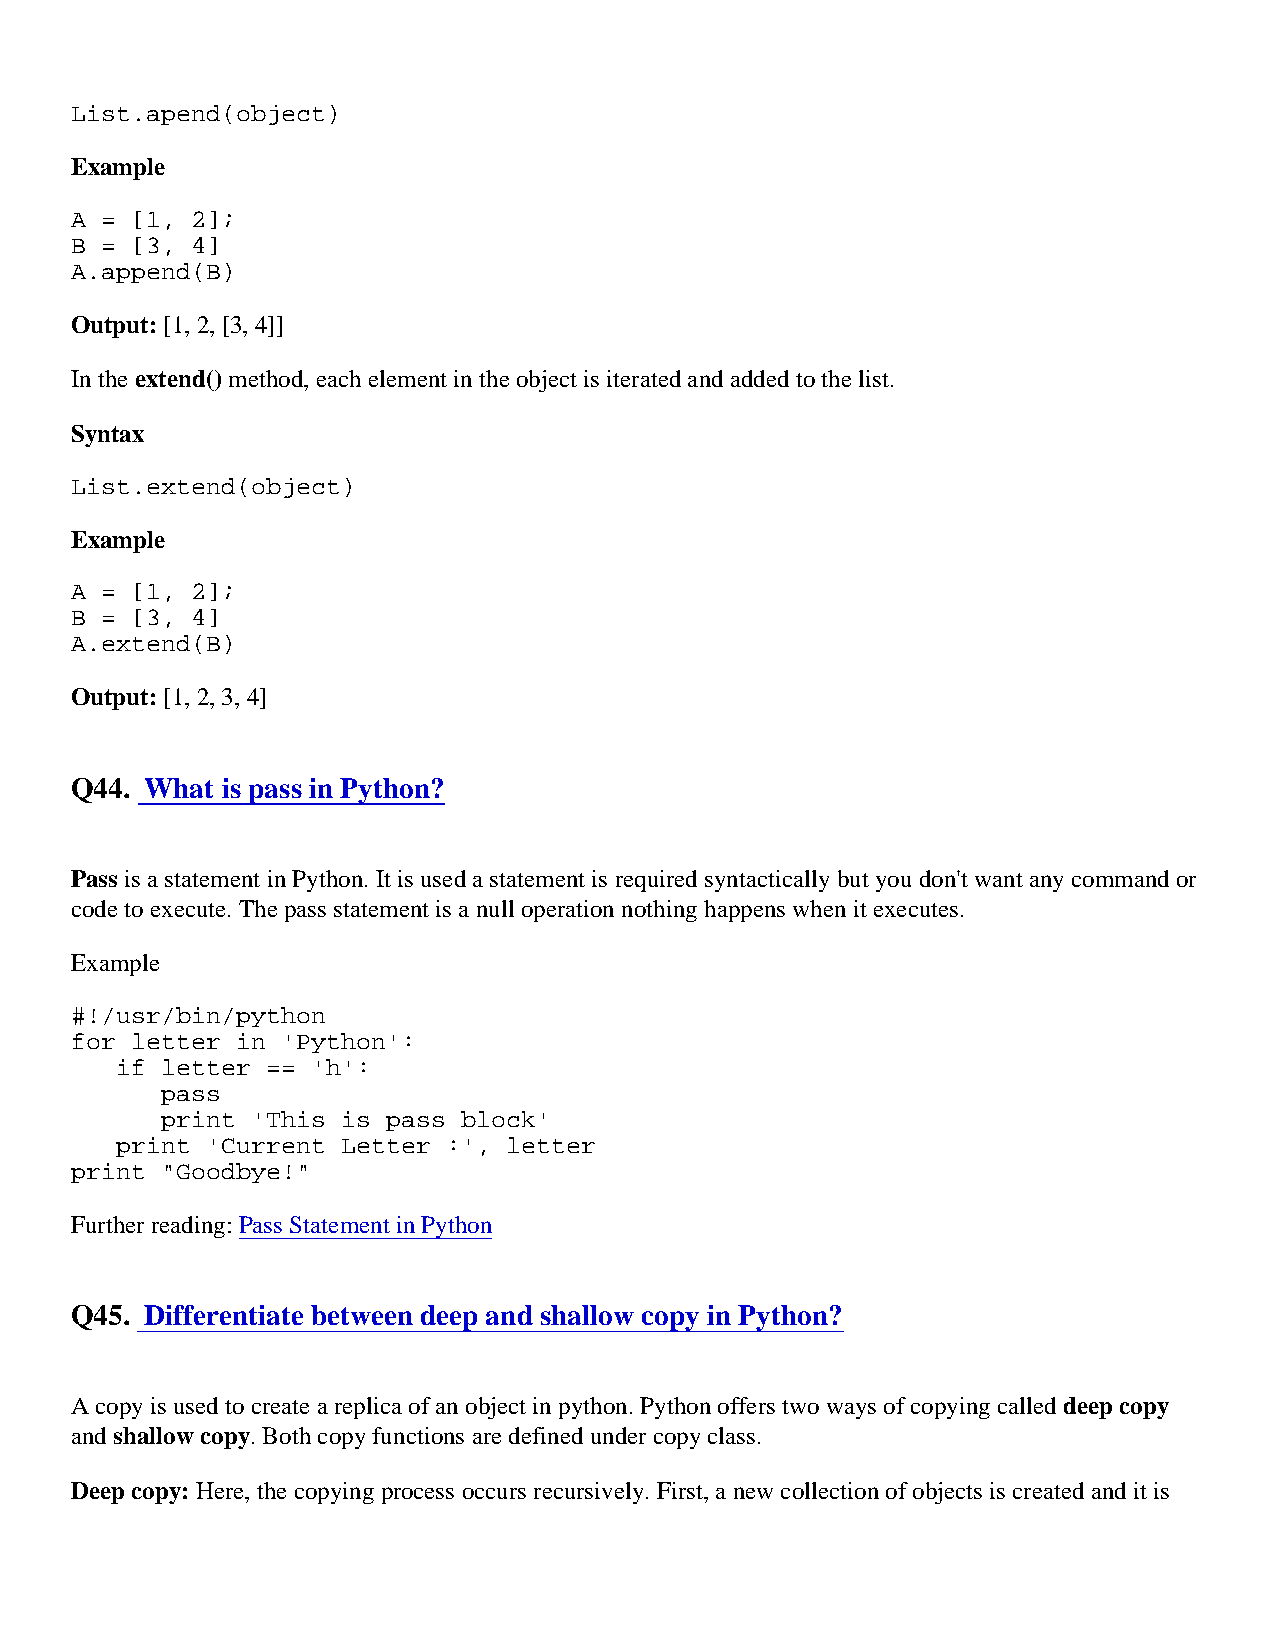
List.apend(object)
 Example
 A = [1, 2];
 B = [3, 4]
 A.append(B)
 Output: [1, 2, [3, 4]]
 In the extend() method, each element in the object is iterated and added to the list.
 Syntax
 List.extend(object)
 Example
 A = [1, 2];
 B = [3, 4]
 A.extend(B)
 Output: [1, 2, 3, 4]
 Q44. What is pass in Python?
 Pass is a statement in Python. It is used a statement is required syntactically but you don't want any command or
 code to execute. The pass statement is a null operation nothing happens when it executes.
 Example
 #!/usr/bin/python
 for letter in 'Python':
 if letter == 'h':
 pass
 print 'This is pass block'
 print 'Current Letter :', letter
 print "Goodbye!"
 Further reading: Pass Statement in Python
 Q45. Differentiate between deep and shallow copy in Python?
 A copy is used to create a replica of an object in python. Python offers two ways of copying called deep copy
 and shallow copy. Both copy functions are defined under copy class.
 Deep copy: Here, the copying process occurs recursively. First, a new collection of objects is created and it is